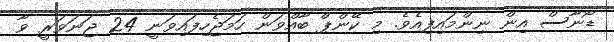
ޑޯނާސް އިން ނިންމައިފިއެވެ. މި ކޭންޕް ބާއްވަން ހަމަޖެހިފައިވަނީ 24 ޖަނަވަރީ ވާ